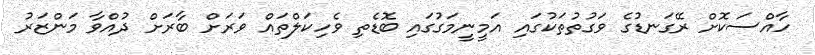
ހާއްސަކޮށް ރޭގަނޑުގެ ވަގުތުތަކުގައި އަމީނީމަގުގައި ބޮޑެތި ވެހިކަލްތައް ވަރަށް ބާރަށް ދުއްވާ މަންޒަރު